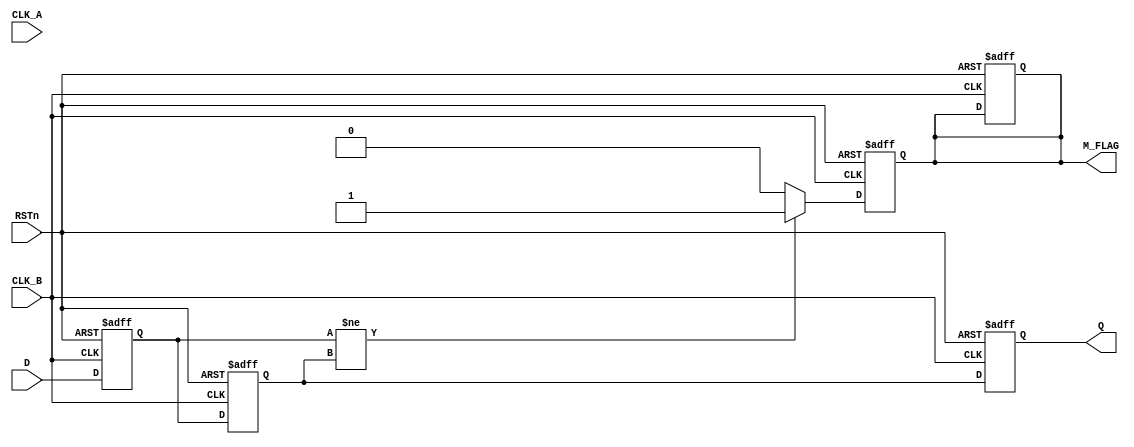
module cdc_detector (
    input wire D,            // Data signal to be monitored
    input wire CLK_A,        // Clock signal of the source domain
    input wire CLK_B,        // Clock signal of the destination domain
    input wire RSTn,         // Asynchronous active-low reset
    output reg M_FLAG,       // Metastability flag
    output reg Q            // Synchronized output
);

    reg D_ff1;              // First flip-flop output
    reg D_ff2;              // Second flip-flop output

    // Synchronization logic in the destination clock domain
    always @(posedge CLK_B or negedge RSTn) begin
        if (!RSTn) begin
            D_ff1 <= 1'b0;
            D_ff2 <= 1'b0;
            Q <= 1'b0;
            M_FLAG <= 1'b0;
        end else begin
            D_ff1 <= D;         // Sample D in the destination clock domain
            D_ff2 <= D_ff1;     // Second stage of synchronization
            Q <= D_ff2;         // Synchronized output
        end
    end

    // Metastability detection logic
    always @(posedge CLK_B or negedge RSTn) begin
        if (!RSTn) begin
            M_FLAG <= 1'b0;
        end else begin
            // Check for metastability condition
            if (D_ff1 != D_ff2) begin
                M_FLAG <= 1'b1;  // Metastability detected
            end else begin
                M_FLAG <= 1'b0;  // Clear metastability flag
            end
        end
    end

endmodule